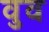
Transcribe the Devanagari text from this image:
वुव